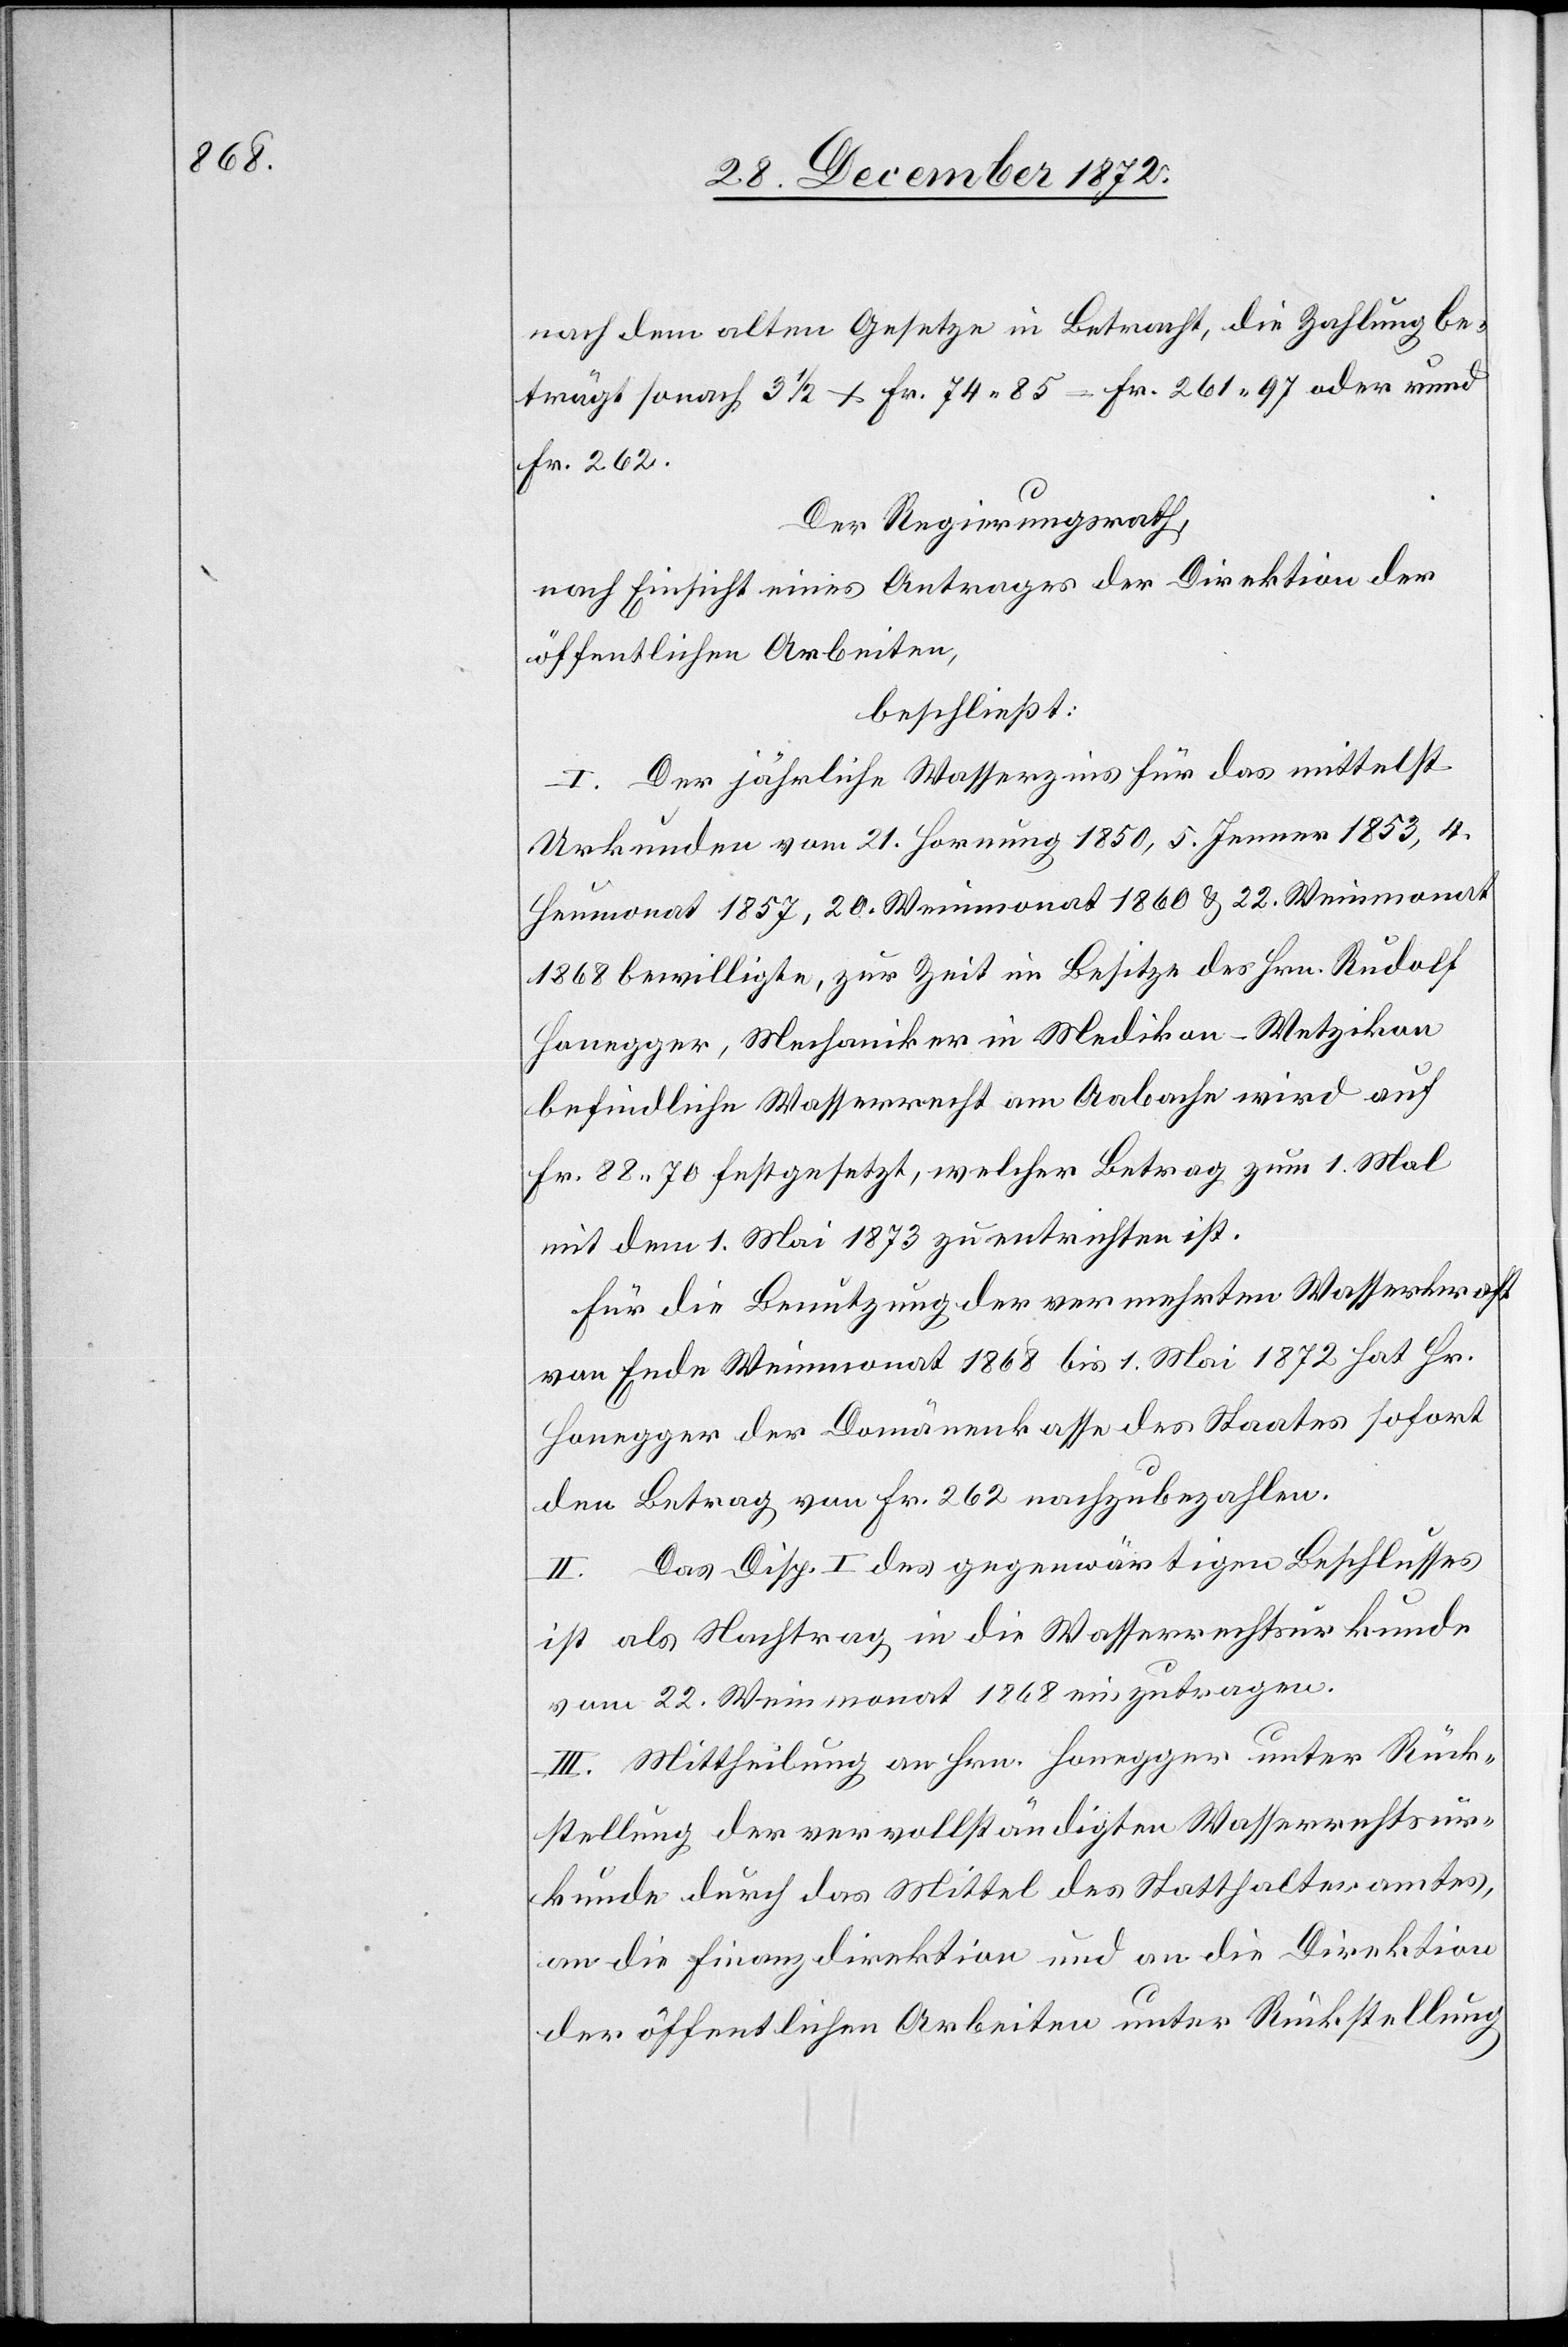
nach dem alten Gesetze in Betracht, die Zahlung be¬
trägt sonach 3 1/2 + Fr. 74 85 = Fr. 261 97 oder rund
Fr. 262.
Der Regierungsrath,
nach Einsicht eines Antrages der Direktion der
öffentlichen Arbeiten,
beschließt:
I. Der jährliche Wasserzins für das mittelst
Urkunden vom 21. Hornung 1850, 5. Jenner 1853, 4.
Heumonat 1857, 20. Weinmonat 1860 u. 22. Weinmonat
1868 bewilligte, zur Zeit im Besitze des Hrn. Rudolf
Honegger, Mechaniker in Medikon-Wetzikon
befindliche Wasserrecht am Aabache wird auf
Fr. 88 70 festgesetzt, welcher Betrag zum 1. Mal
mit dem 1. Mai 1873 zu entrichten ist.
Für die Benutzung der vermehrten Wasserkraft
von Ende Weinmonat 1868 bis 1. Mai 1872 hat Hr.
Honegger der Domänenkasse des Staates sofort
den Betrag von Fr. 262 nachzubezahlen.
II. Das Disp. I des gegenwärtigen Beschlusses
ist als Nachtrag in die Wasserrechtsurkunde
vom 22. Weinmonat 1868 einzutragen.
III. Mittheilung an Hrn. Honegger unter Rück¬
stellung der vervollständigten Wasserrechtsur¬
kunde durch das Mittel des Statthalteramtes,
an die Finanzdirektion und an die Direktion
der öffentlichen Arbeiten unter Rückstellung